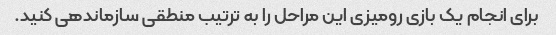
برای انجام یک بازی رومیزی این مراحل را به ترتیب منطقی سازماندهی کنید.